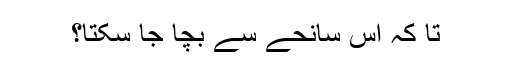
تا کہ اس سانحے سے بچا جا سکتا؟